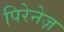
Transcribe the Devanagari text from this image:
पिरेनेज़